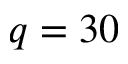
q = 3 0